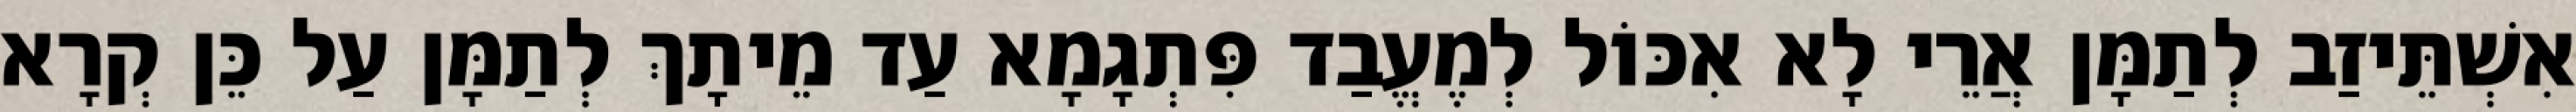
אִשְׁתֵּיזַב לְתַמָּן אֲרֵי לָא אִכּוֹל לְמֶעֱבַד פִּתְגָמָא עַד מֵיתָךְ לְתַמָּן עַל כֵּן קְרָא